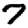
Digit: 7